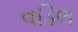
વડિલ